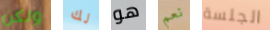
ولكن لك هو نعم الجلسة